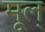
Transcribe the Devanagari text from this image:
मूल्